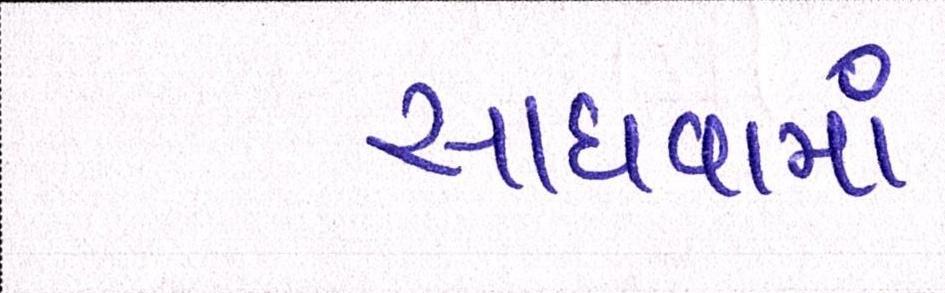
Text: સાધવામાં